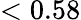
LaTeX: <0.58